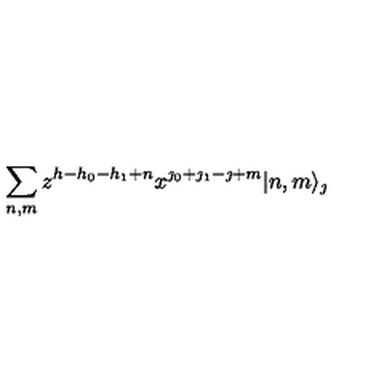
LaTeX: \sum _ { n , m } z ^ { h - h _ { 0 } - h _ { 1 } + n } x ^ { \jmath _ { 0 } + \jmath _ { 1 } - \jmath + m } | n , m \rangle _ { \jmath }